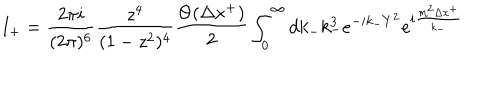
I _ { + } = \frac { 2 \pi i } { ( 2 \pi ) ^ { 6 } } \frac { z ^ { 4 } } { ( 1 - z ^ { 2 } ) ^ { 4 } } \frac { \Theta ( \Delta x ^ { + } ) } { 2 } \int _ { 0 } ^ { \infty } d k _ { - } k _ { - } ^ { 3 } e ^ { - i k _ { - } Y ^ { 2 } } e ^ { i \frac { m ^ { 2 } \Delta x ^ { + } } { k _ { - } } }